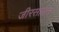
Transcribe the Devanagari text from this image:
जीरसायन